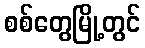
စစ်တွေမြို့တွင်